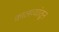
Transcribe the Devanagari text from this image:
कालव्यांतून